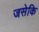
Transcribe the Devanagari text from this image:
जसेकि